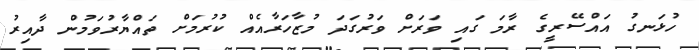
ހުޅަނގު އައްސޭރީގެ ރާމަ ގައި ވަރަށް ވަރުގަދަ މުޒާހަރާއެއް ކުރުމަށް ތައްޔާރުވަމުން ދާއިރު